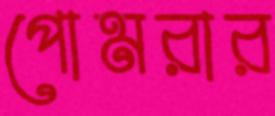
পোমরার